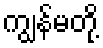
ကျွန်မတို့